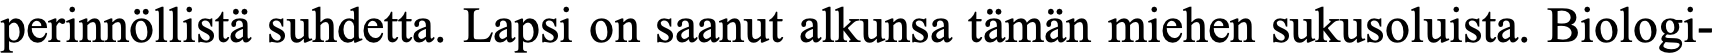
perinnöllistä suhdetta. Lapsi on saanut alkunsa tämän miehen sukusoluista. Biologi-